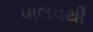
પાલવથી